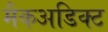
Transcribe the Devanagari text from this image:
मैकअडिक्ट